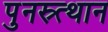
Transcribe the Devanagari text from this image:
पुनस्र्त्थान